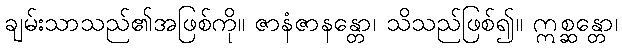
ချမ်းသာသည်၏အဖြစ်ကို။ ဇာနံဇာနန္တော၊ သိသည်ဖြစ်၍။ ဣစ္ဆန္တော၊